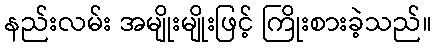
နည်းလမ်း အမျိုးမျိုးဖြင့် ကြိုးစားခဲ့သည်။